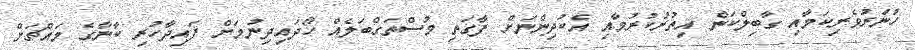
ހުނަރުވެރިކަމާއި ގާބިލްކަން އިތުރުކުރުމާއި އެކުދިންނަށް ފާގަތި މުސްތަގްބަލެއް ހޯދައިދިނުމަށް ފައިދާހުރި ކާނާގެ މައްޗަށް